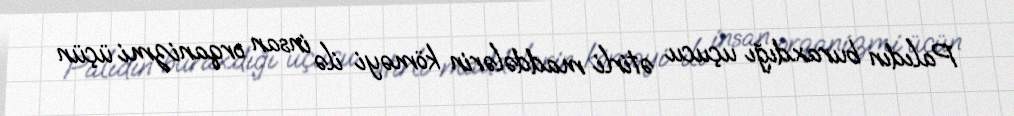
Palıdın buraxdığı uçucu ətirli maddələrin köməyi ilə insan orqanizmi üçün